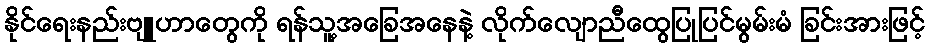
နိုင်ရေးနည်းဗျူဟာတွေကို ရန်သူ့အခြေအနေနဲ့ လိုက်လျောညီထွေပြုပြင်မွမ်းမံ ခြင်းအားဖြင့်